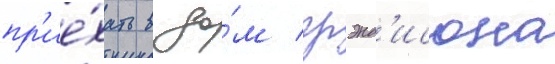
пр'ие́хать в до́м грэнд'исона